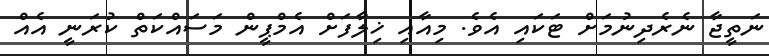
ނަތީޖާ ނެރެދިނުމަށް ޓަކައި އެވެ. މިއާއި ޚިލާފަށް އެމްޕީން މަސައްކަތް ކުރަނީ އެއް